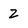
Character: 2